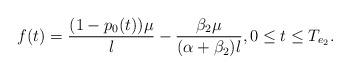
LaTeX: \begin{align*}f(t)= \frac{(1-p_0(t))\mu}{\l}-\frac{\beta_2\mu}{(\alpha+\beta_2)\l}, 0 \leq t \leq T_{e_2}.\end{align*}